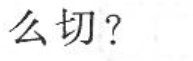
么切?